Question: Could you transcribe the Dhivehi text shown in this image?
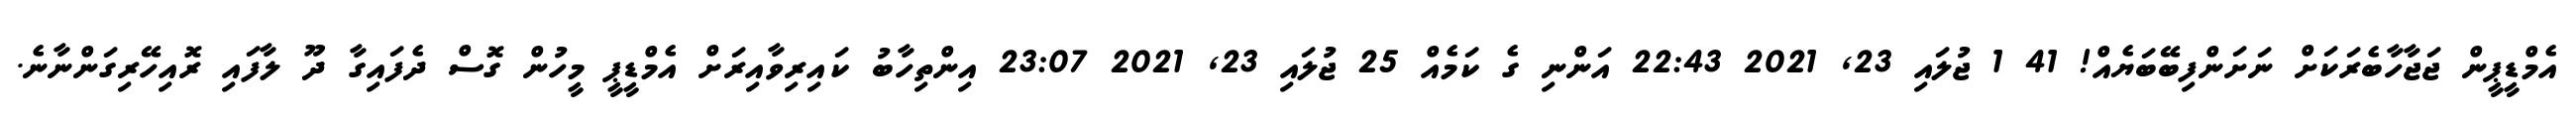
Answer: އެމްޑީޕީން ޖަޖާހާބެރަކަށް ނަށަންފިބޭބަޔެއް! 41 1 ޖުލައި 23, 2021 22:43 އަންނި ގެ ކަމެއް 25 ޖުލައި 23, 2021 23:07 އިންތިހާބު ކައިރިވާއިރަށް އެމްޑީޕީ މީހުން ގޮސް ދެފައިގާ ދޫ ލާފައި ރޮއިހޭރިގަންނާނެ.